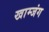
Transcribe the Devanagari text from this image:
खाम्जंग